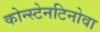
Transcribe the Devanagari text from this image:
कोन्स्टेनटिनोवा